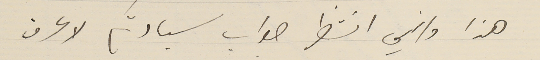
هذا واني انتظر صواب سيادتكم لاعرف